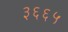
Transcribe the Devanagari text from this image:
३६६५